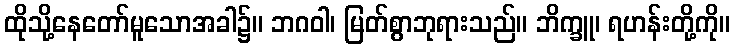
ထိုသို့နေတော်မူသောအခါ၌။ ဘဂဝါ၊ မြတ်စွာဘုရားသည်။ ဘိက္ခူ၊ ရဟန်းတို့ကို။